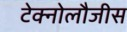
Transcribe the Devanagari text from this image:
टेक्नोलौजीस